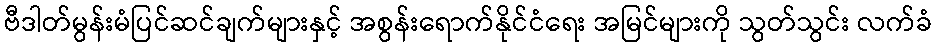
ဗီဒါတ်မွန်းမံပြင်ဆင်ချက်များနှင့် အစွန်းရောက်နိုင်ငံရေး အမြင်များကို သွတ်သွင်း လက်ခံ